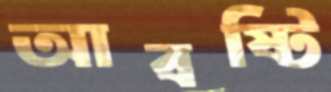
আবষ্টি